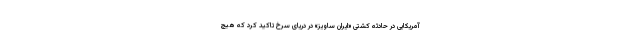
آمریکایی در حادثه کشتی «ایران ساویز» در دریای سرخ تاکید کرد که هیچ